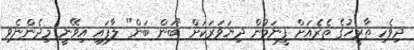
ދިވެހި ތާރީޚުގެ ތެރެއަށް ފީނަމުން ދިޔަވަރަކަށް "ބަން ބަން" ލާފައި އިވޭނީ މިދެންނެވި